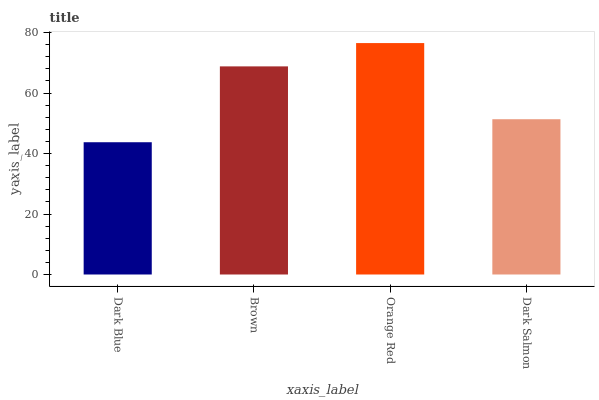
| xaxis_label | bars |
 | --- | --- |
 | Dark Blue | 43.7 |
 | Brown | 68.8 |
 | Orange Red | 76.5 |
 | Dark Salmon | 51.4 |